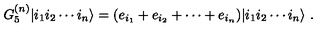
G _ { 5 } ^ { ( n ) } | i _ { 1 } i _ { 2 } \cdots i _ { n } \rangle = ( e _ { i _ { 1 } } + e _ { i _ { 2 } } + \cdots + e _ { i _ { n } } ) | i _ { 1 } i _ { 2 } \cdots i _ { n } \rangle \ .